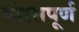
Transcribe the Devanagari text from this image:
वीरसपूर्ण